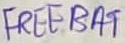
Text: FREE BAT